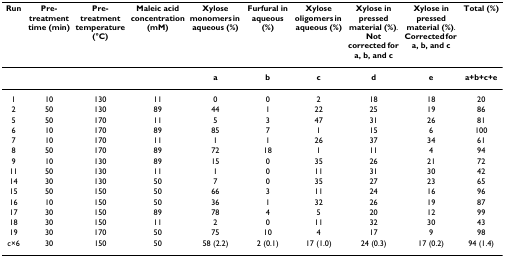
<table><thead><tr><td><b>Run</b></td><td><b>Pre-treatment time (min)</b></td><td><b>Pre-treatment temperature (°C)</b></td><td><b>Maleic acid concentration (mM)</b></td><td><b>Xylose monomers in aqueous (%)</b></td><td><b>Furfural in aqueous (%)</b></td><td><b>Xylose oligomers in aqueous (%)</b></td><td><b>Xylose in pressed material (%).Not corrected for a, b, and c</b></td><td><b>Xylose in pressed material (%).Corrected for a, b, and c</b></td><td><b>Total (%)</b></td></tr></thead><tbody><tr><td></td><td></td><td></td><td></td><td><b>a</b></td><td><b>b</b></td><td><b>c</b></td><td><b>d</b></td><td><b>e</b></td><td><b>a+b+c+e</b></td></tr><tr><td>1</td><td>10</td><td>130</td><td>11</td><td>0</td><td>0</td><td>2</td><td>18</td><td>18</td><td>20</td></tr><tr><td>2</td><td>50</td><td>130</td><td>89</td><td>44</td><td>1</td><td>22</td><td>25</td><td>19</td><td>86</td></tr><tr><td>5</td><td>50</td><td>170</td><td>11</td><td>5</td><td>3</td><td>47</td><td>31</td><td>26</td><td>81</td></tr><tr><td>6</td><td>10</td><td>170</td><td>89</td><td>85</td><td>7</td><td>1</td><td>15</td><td>6</td><td>100</td></tr><tr><td>7</td><td>10</td><td>170</td><td>11</td><td>1</td><td>1</td><td>26</td><td>37</td><td>34</td><td>61</td></tr><tr><td>8</td><td>50</td><td>170</td><td>89</td><td>72</td><td>18</td><td>1</td><td>11</td><td>4</td><td>94</td></tr><tr><td>9</td><td>10</td><td>130</td><td>89</td><td>15</td><td>0</td><td>35</td><td>26</td><td>21</td><td>72</td></tr><tr><td>11</td><td>50</td><td>130</td><td>11</td><td>1</td><td>0</td><td>11</td><td>31</td><td>30</td><td>42</td></tr><tr><td>14</td><td>30</td><td>130</td><td>50</td><td>7</td><td>0</td><td>35</td><td>27</td><td>23</td><td>65</td></tr><tr><td>15</td><td>50</td><td>150</td><td>50</td><td>66</td><td>3</td><td>11</td><td>24</td><td>16</td><td>96</td></tr><tr><td>16</td><td>10</td><td>150</td><td>50</td><td>36</td><td>1</td><td>32</td><td>26</td><td>19</td><td>87</td></tr><tr><td>17</td><td>30</td><td>150</td><td>89</td><td>78</td><td>4</td><td>5</td><td>20</td><td>12</td><td>99</td></tr><tr><td>18</td><td>30</td><td>150</td><td>11</td><td>2</td><td>0</td><td>11</td><td>32</td><td>30</td><td>43</td></tr><tr><td>19</td><td>30</td><td>170</td><td>50</td><td>75</td><td>10</td><td>4</td><td>17</td><td>9</td><td>98</td></tr><tr><td>c×6</td><td>30</td><td>150</td><td>50</td><td>58 (2.2)</td><td>2 (0.1)</td><td>17 (1.0)</td><td>24 (0.3)</td><td>17 (0.2)</td><td>94 (1.4)</td></tr></tbody></table>